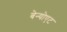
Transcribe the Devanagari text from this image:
बेन्योएट